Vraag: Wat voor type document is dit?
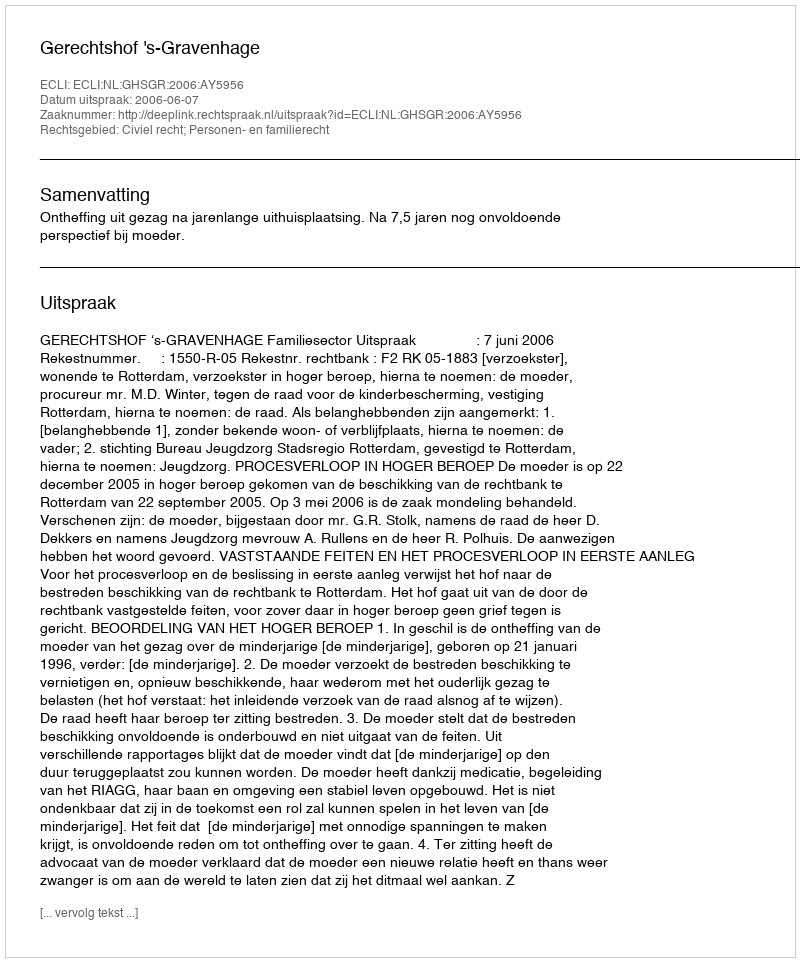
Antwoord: Uitspraak